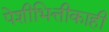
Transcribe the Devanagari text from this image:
पेशीभित्तीकाही